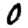
Digit: 0